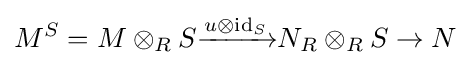
M^{S}=M\otimes _{R}S{\xrightarrow {u\otimes {\text{id}}_{S}}}N_{R}\otimes _{R}S\to N